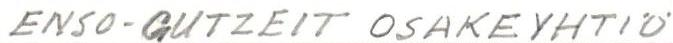
ENSO-GUTZEIT OSAKEYHTIÖ